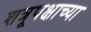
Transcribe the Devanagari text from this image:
शत्रूपक्षाच्या